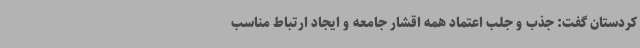
کردستان گفت: جذب و جلب اعتماد همه اقشار جامعه و ایجاد ارتباط مناسب